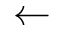
\leftarrow